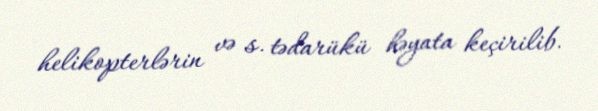
helikopterlərin və s. tədarükü həyata keçirilib.